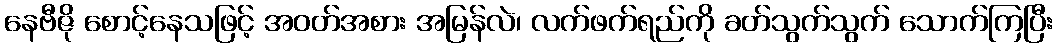
နေဗီဇို စောင့်နေသဖြင့် အဝတ်အစား အမြန်လဲ၊ လက်ဖက်ရည်ကို ခတ်သွက်သွက် သောက်ကြပြီး